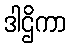
ဒါဌိကာ